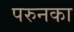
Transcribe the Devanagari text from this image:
परुनका